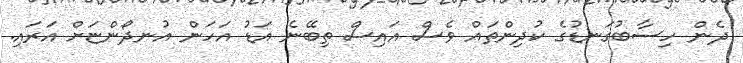
ދެން ހިސާބުގަނޑުގެ ކުދިންތައް ވެސް އައިސް ތިބޭނެ އަޑު އަހަން އުނދޯންޏަށް އަރައި.